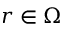
\boldsymbol r \in \Omega